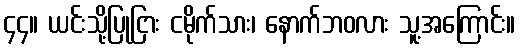
၄၄။ ယင်းသို့ပြုငြား ငမိုက်သား၊ နောက်ဘဝလား သူ့အကြောင်း။